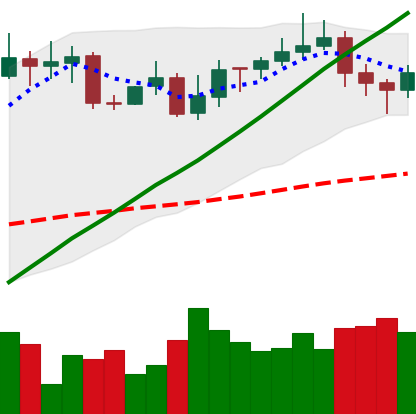
Ticker: XMR-USD
Chart end date: 2020-10-31
Forward return: -5.163%
Label: down_5_7